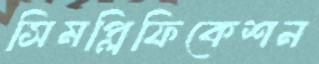
সিমপ্লিফিকেশন